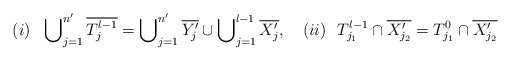
\begin{align*}(i) \ \ \bigcup\nolimits^{n'}_{j=1} \overline{T^{l-1}_j} = \bigcup\nolimits^{n'}_{j=1} \overline{Y'_j} \cup \bigcup\nolimits^{l-1}_{j=1} \overline{X'_j}, \ \ \ (ii) \ \ T^{l-1}_{j_1} \cap \overline{X'_{j_2}} = T^{0}_{j_1} \cap \overline{X'_{j_2}}\end{align*}